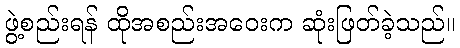
ဖွဲ့စည်းရန် ထိုအစည်းအဝေးက ဆုံးဖြတ်ခဲ့သည်။